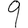
Digit: 9